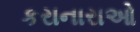
કરાનારાઓ